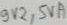
Text: 9V2,5VA